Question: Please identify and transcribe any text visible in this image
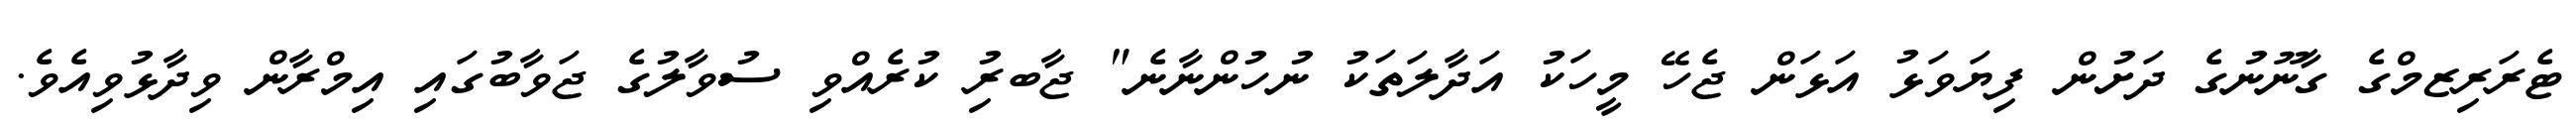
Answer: ޓެރަރިޒމްގެ ގާނޫނުގެ ދަށުން ފިޔަވަޅު އަޅަން ޖެހޭ މީހަކު އަދާލަތަކު ނުހުންނާނެ" ޖާބރިު ކުރެއްވި ސުވާލުގެ ޖަވާބުގައި އިމްރާން ވިދާޅުވިއެވެ.